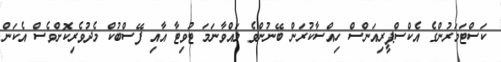
ކަސްޓަމަރުންގެ އެކްސްޕީރިއަންސް ހިއްސާކުރަން ބޭނުންވެ ލައްވާނަމަ ޓުވިޓާ އާއި ފޭސްބުކް މެދުވެރިކޮށްވެސް އެކަން